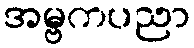
အမ္ဗကပညာ